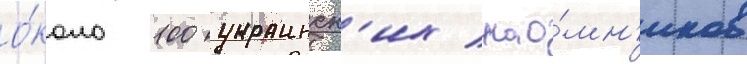
о́коло 100 украинск'их нао́мн'иков